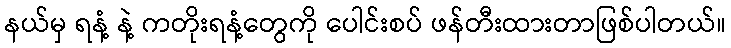
နယ်မှ ရနံ့ နဲ့ ကတိုးရနံ့တွေကို ပေါင်းစပ် ဖန်တီးထားတာဖြစ်ပါတယ်။